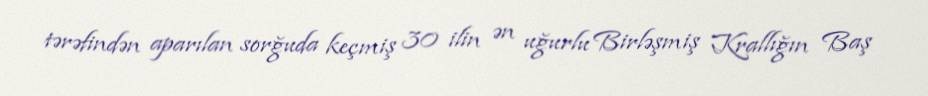
tərəfindən aparılan sorğuda keçmiş 30 ilin ən uğurlu Birləşmiş Krallığın Baş